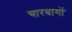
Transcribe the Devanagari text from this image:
चारबागों